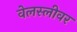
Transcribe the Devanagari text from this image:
वेलस्लीवर